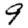
Digit: 9